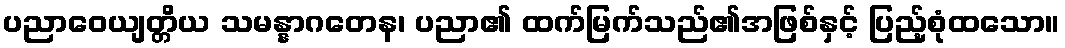
ပညာဝေယျတ္တိယ သမန္နာဂတေန၊ ပညာ၏ ထက်မြက်သည်၏အဖြစ်နှင့် ပြည့်စုံထသော။